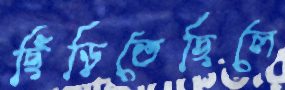
ছিঁড়িতেছিলে